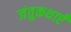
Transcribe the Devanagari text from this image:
जंतुकथाएँ